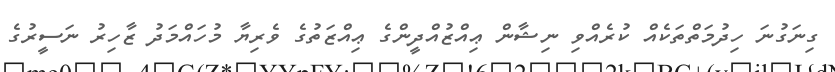
ގިނަގުނަ ހިދުމަތްތަކެއް ކުރެއްވި ނިޝާން ޢިއްޒުއްދީންގެ ޢިއްޒަތުގެ ވެރިޔާ މުހައްމަދު ޒާހިރު ނަސީރުގެ